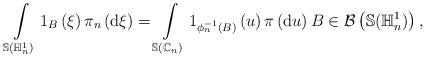
LaTeX: \begin{align*}\int \limits_{\mathbb{S}(\mathbb{H}_{n}^{1})}1_{B}\left( \xi \right) \pi_{n}\left( \mathrm{d}\xi \right) =\int \limits_{\mathbb{S}(\mathbb{C}_{n})}1_{\phi_{n}^{-1}\left( B\right) }\left( u\right) \pi \left( \mathrm{d}u\right) B\in \mathcal{B}\left( \mathbb{S}(\mathbb{H}_{n}^{1})\right), \end{align*}